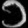
Digit: ၁